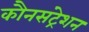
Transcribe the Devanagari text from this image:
कौनसंट्रेशन